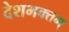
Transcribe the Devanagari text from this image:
देशभक्तम्